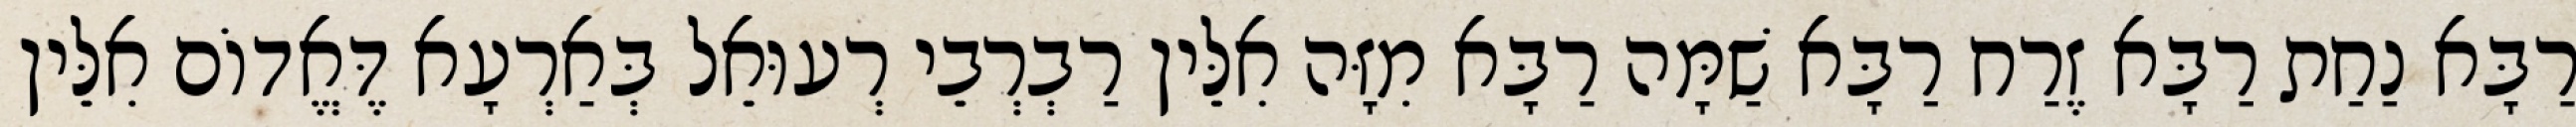
רַבָּא נַחַת רַבָּא זֶרַח רַבָּא שַׁמָּה רַבָּא מִזָּה אִלֵּין רַבְרְבֵי רְעוּאֵל בְּאַרְעָא דֶּאֱדוֹם אִלֵּין